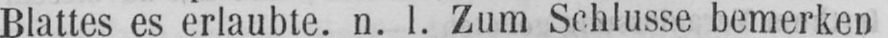
Blattes es erlaubte. n. l. Zum Schlusse bemerken